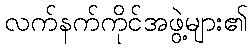
လက်နက်ကိုင်အဖွဲ့များ၏